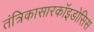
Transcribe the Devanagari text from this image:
तंत्रिकासारकॉइडोसिस